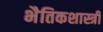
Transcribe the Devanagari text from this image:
भैतिकशास्त्री